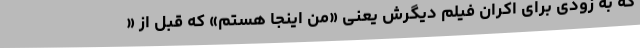
که به زودی برای اکران فیلم دیگرش یعنی «من اینجا هستم» که قبل از «